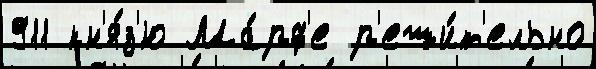
911 кн'я́з'ю Ма́рф'е р'еши́т'ельно